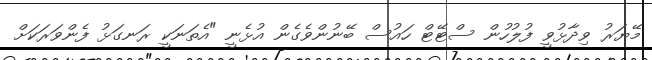
މޭޔަރު ވިދާޅުވީ ފުލުހުން ސްޓޭޓް ހައުސް ބޭނުންވެގެން އުޅެނީ "އެތަނަކީ ރަނގަޅު ފެންވަރަކަށް